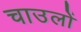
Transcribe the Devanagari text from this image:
चाउलों